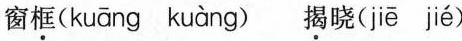
窗\underline{框}( kuāng kuàng ) \underline{揭}晓( jiē jié )